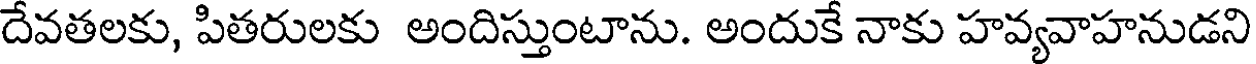
దేవతలకు, పితరులకు అందిస్తుంటాను. అందుకే నాకు హవ్యవాహనుడని